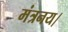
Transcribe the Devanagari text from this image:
मंत्रनय।